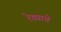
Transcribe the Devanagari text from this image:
रेड्याचे